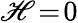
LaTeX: \mathscr{H}\! =\! 0